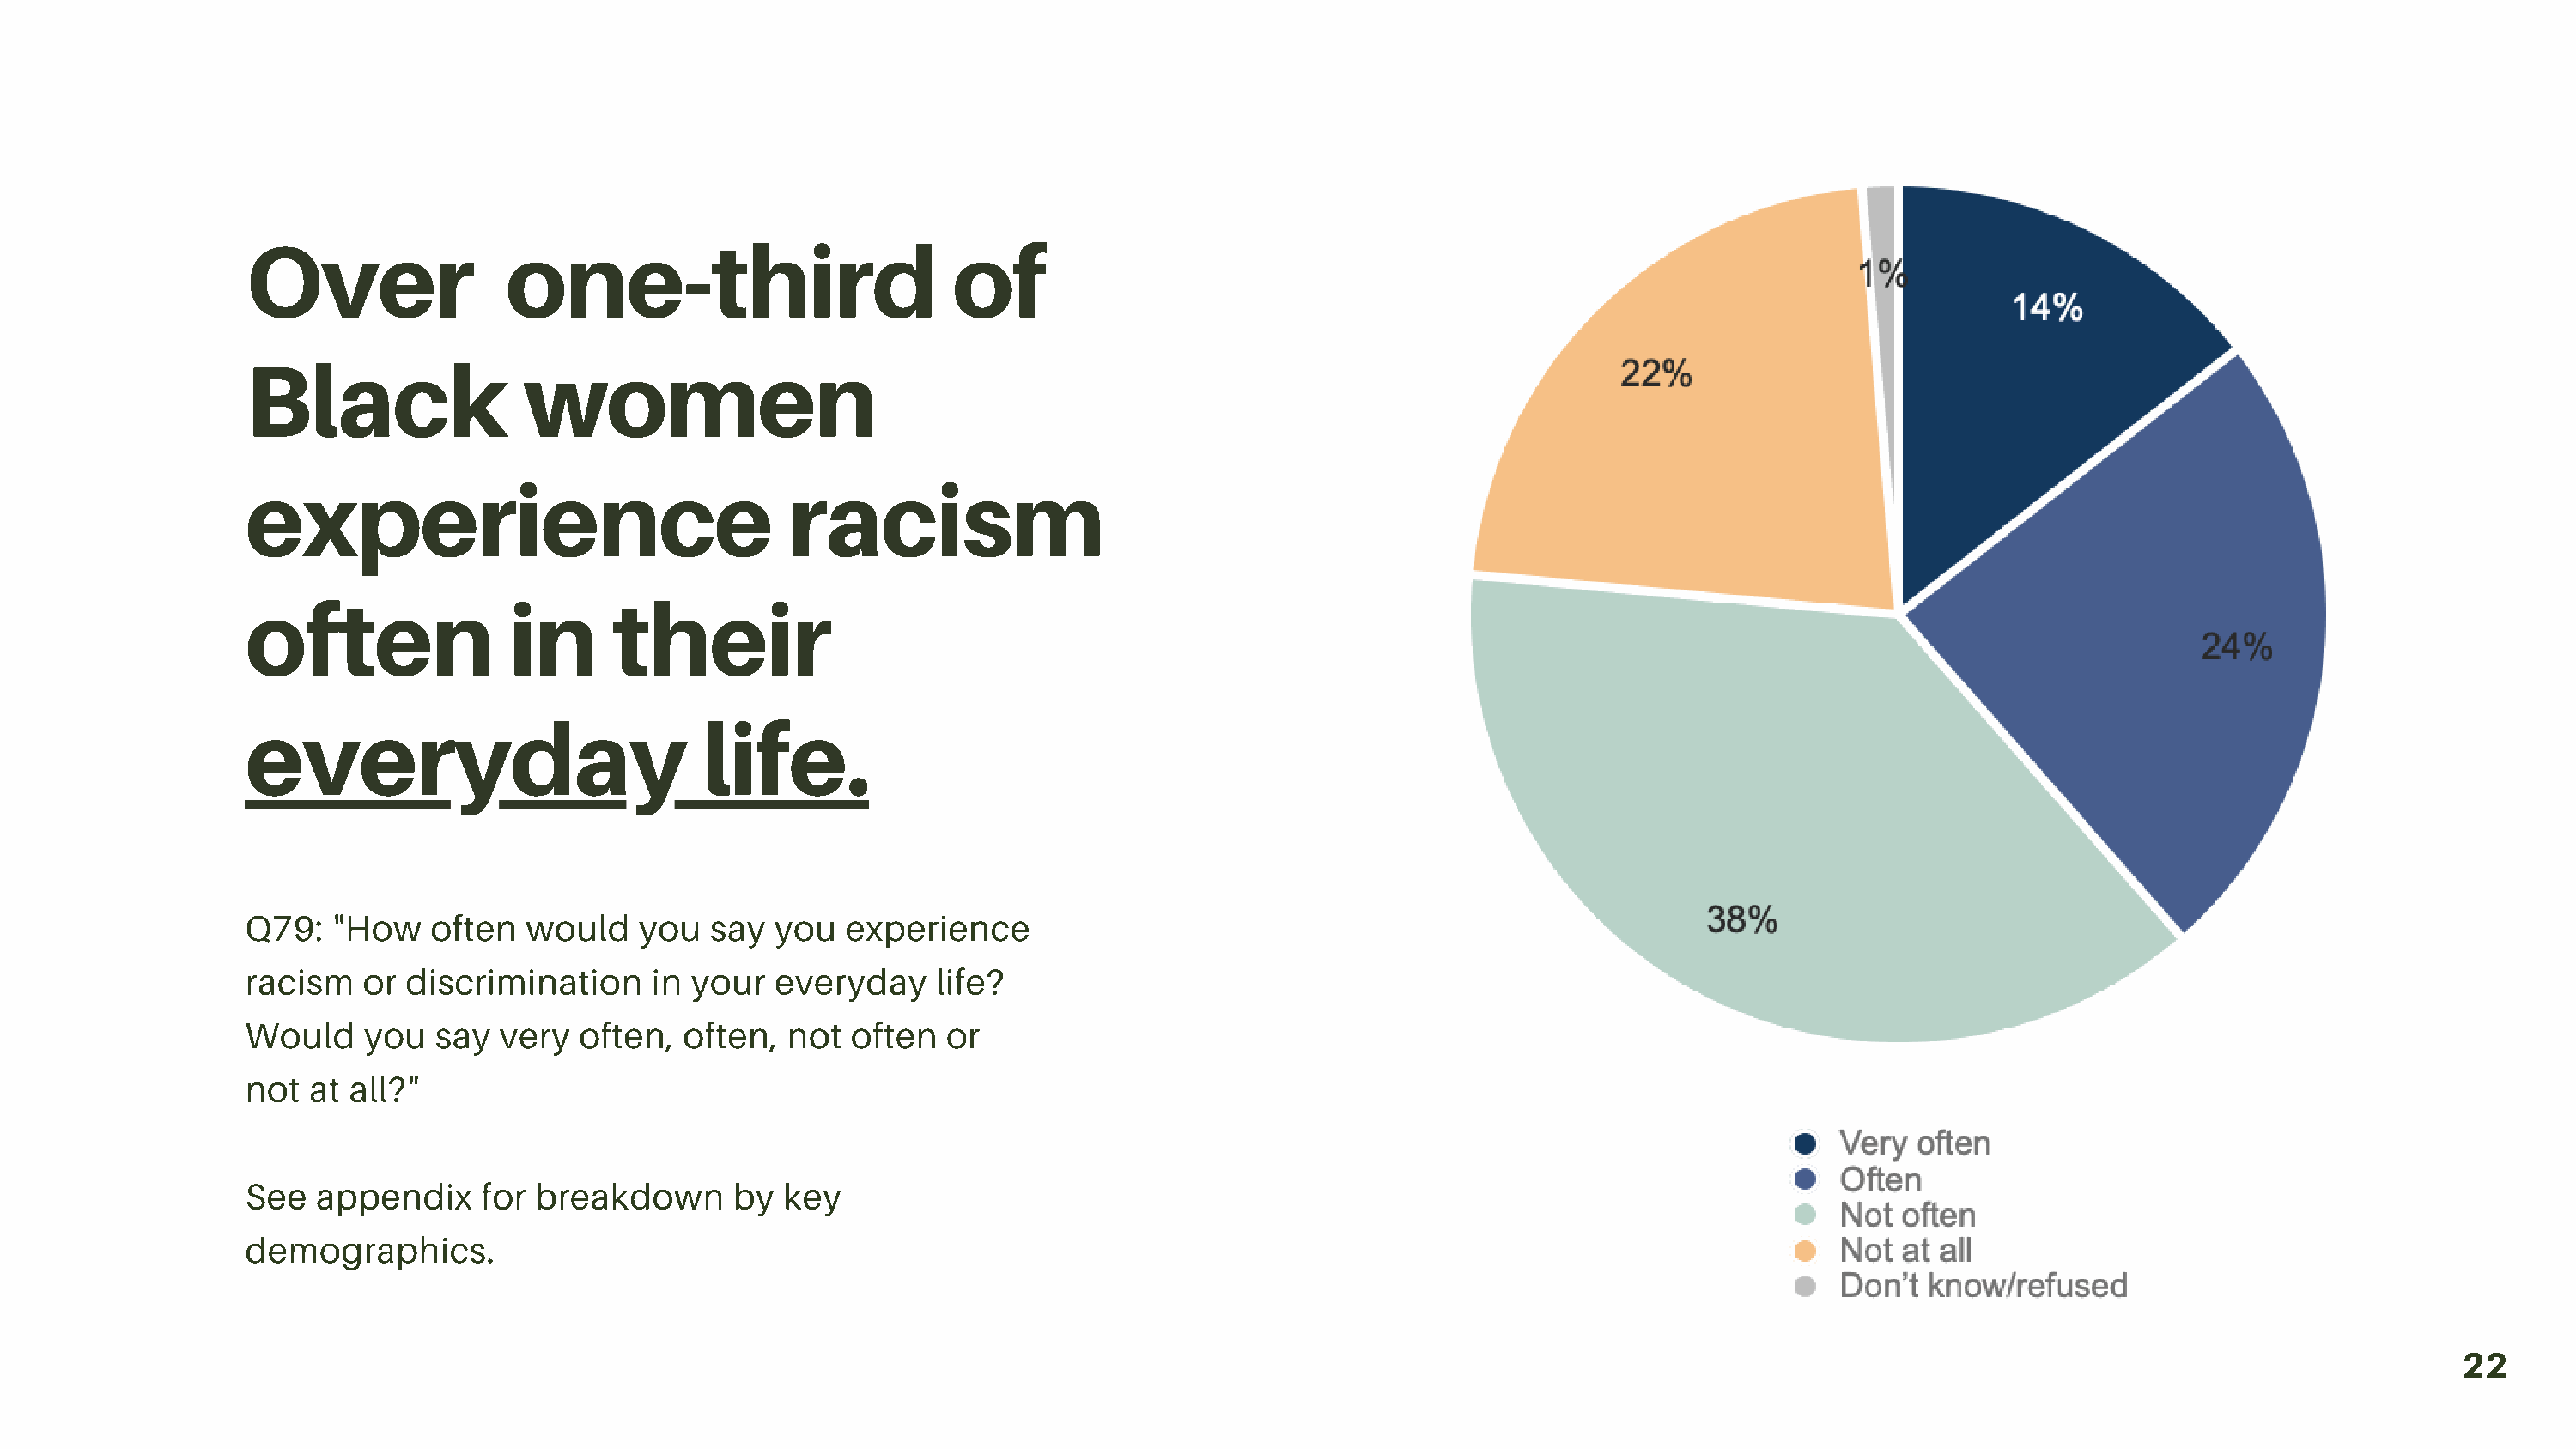
Over                one-third                         of
 Black                women
 experience                                racism
 often               in      their
 everyday                           life.
 Q79:   "How   often   would   you   say  you  experience
 racism   or discrimination     in your   everyday    life?
 Would    you   say  very  often,  often,  not  often  or
 not  at all?"
 See  appendix     for breakdown       by key
 demographics.
 22